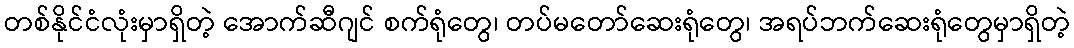
တစ်နိုင်ငံလုံးမှာရှိတဲ့ အောက်ဆီဂျင် စက်ရုံတွေ၊ တပ်မတော်ဆေးရုံတွေ၊ အရပ်ဘက်ဆေးရုံတွေမှာရှိတဲ့